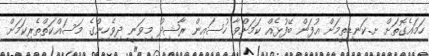
ހަމައެގޮތަށް ށ.ކަނޑިތީމަށް އުފަން ބޭފުޅެއް ކަމަށްވާ ހުސައިން ރާޝިދު މިވަނީ ދިވެހިންގެ މަސައްކަތްތެރިކަމަށް